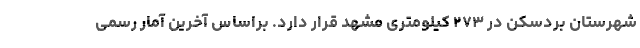
شهرستان بردسکن در ۲۷۳ کیلومتری مشهد قرار دارد. براساس آخرین آمار رسمی